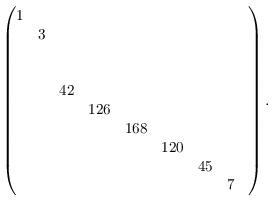
LaTeX: \begin{align*}\begin{small}\begin{pmatrix}1&&&&&&&\\&3&&&&&&\\&&&&&&&&\\&&&&&&&&\\&&42&&&&&\\&&&126&&&&\\&&&&168&&&\\&&&&&120&&\\&&&&&&45&\\&&&&&&&7\\\end{pmatrix}.\end{small}\end{align*}